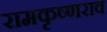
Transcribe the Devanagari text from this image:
रामकृष्णराव